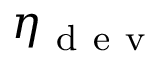
\eta _ { \mathrm { ~ d ~ e ~ v ~ } }